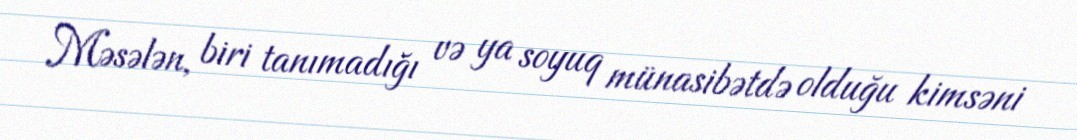
Məsələn, biri tanımadığı və ya soyuq münasibətdə olduğu kimsəni